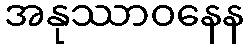
အနုဿာဝနေန